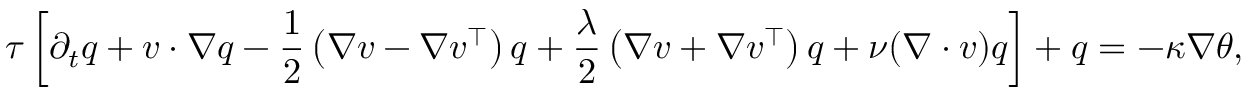
\tau \left[ \partial _ { t } q + v \cdot \nabla q - \frac { 1 } { 2 } \left( \nabla v - \nabla v ^ { \top } \right) q + \frac { \lambda } { 2 } \left( \nabla v + \nabla v ^ { \top } \right) q + \nu ( \nabla \cdot v ) q \right] + q = - \kappa \nabla \theta ,